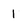
Character: 1